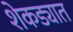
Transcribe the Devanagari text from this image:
शेकड्यात